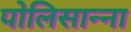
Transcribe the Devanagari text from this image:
पोलिसान्ना